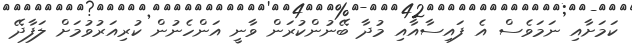
ކަމަށާއި ނަމަވެސް އެ ފައިސާއާއި މުދާ ބޭނުންކުރަން ވާނީ އަންހެނުން ކުރިއަރުވުމަށް ލަފާދޭ